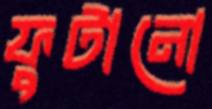
ফুটানো